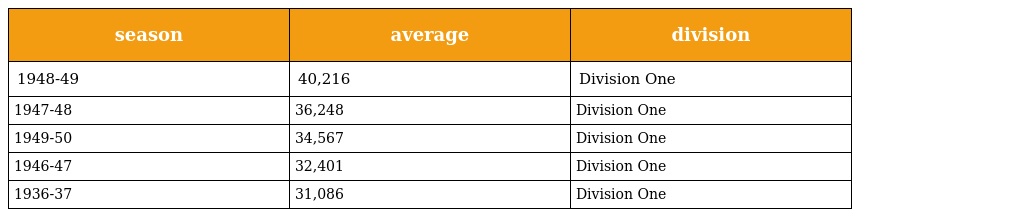
| season | average | division |
 | --- | --- | --- |
 | 1948-49 | 40,216 | Division One |
 | 1947-48 | 36,248 | Division One |
 | 1949-50 | 34,567 | Division One |
 | 1946-47 | 32,401 | Division One |
 | 1936-37 | 31,086 | Division One |